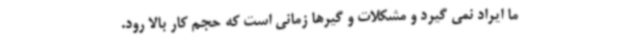
ما ایراد نمی گیرد و مشکلات و گیرها زمانی است که حجم کار بالا رود.